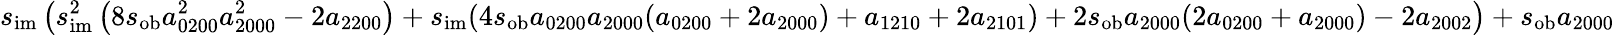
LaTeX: s_{\mathrm{im}}\left(s_{\mathrm{im}}^{2}\left(8s_{\mathrm{ob}}a_{0200}^{2}a_{2000}^{2}-2a_{2200}\right)+s_{\mathrm{im}}(4s_{\mathrm{ob}}a_{0200}a_{2000}(a_{0200}+2a_{2000})+a_{1210}+2a_{2101})+2s_{\mathrm{ob}}a_{2000}(2a_{0200}+a_{2000})-2a_{2002}\right)+s_{\mathrm{ob}}a_{2000}